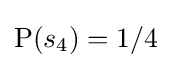
\operatorname {P} (s_{4})=1/4